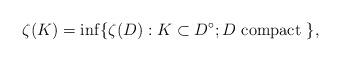
\begin{align*}\zeta(K)=\inf\{ \zeta(D): K\subset D^{\circ}; D \mbox{ compact }\},\end{align*}